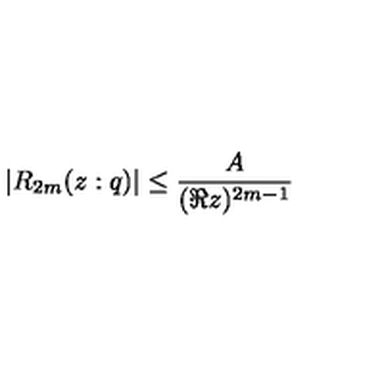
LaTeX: | R _ { 2 m } ( z : q ) | \leq \frac { A } { ( \Re z ) ^ { 2 m - 1 } }